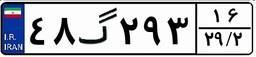
۴۸گ۲۹۳۱۶